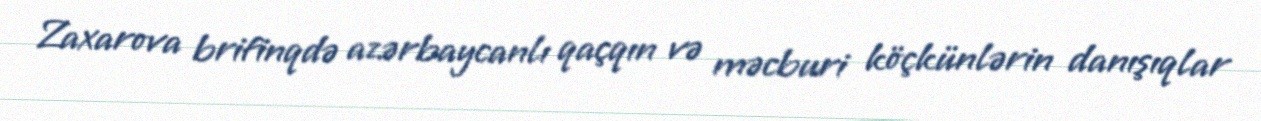
Zaxarova brifinqdə azərbaycanlı qaçqın və məcburi köçkünlərin danışıqlar